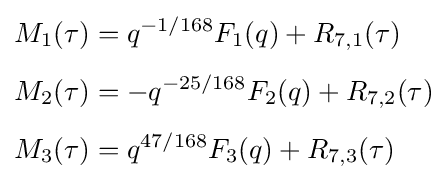
{\begin{aligned}M_{1}(\tau )&=q^{-1/168}F_{1}(q)+R_{7,1}(\tau )\\[4pt]M_{2}(\tau )&=-q^{-25/168}F_{2}(q)+R_{7,2}(\tau )\\[4pt]M_{3}(\tau )&=q^{47/168}F_{3}(q)+R_{7,3}(\tau )\end{aligned}}